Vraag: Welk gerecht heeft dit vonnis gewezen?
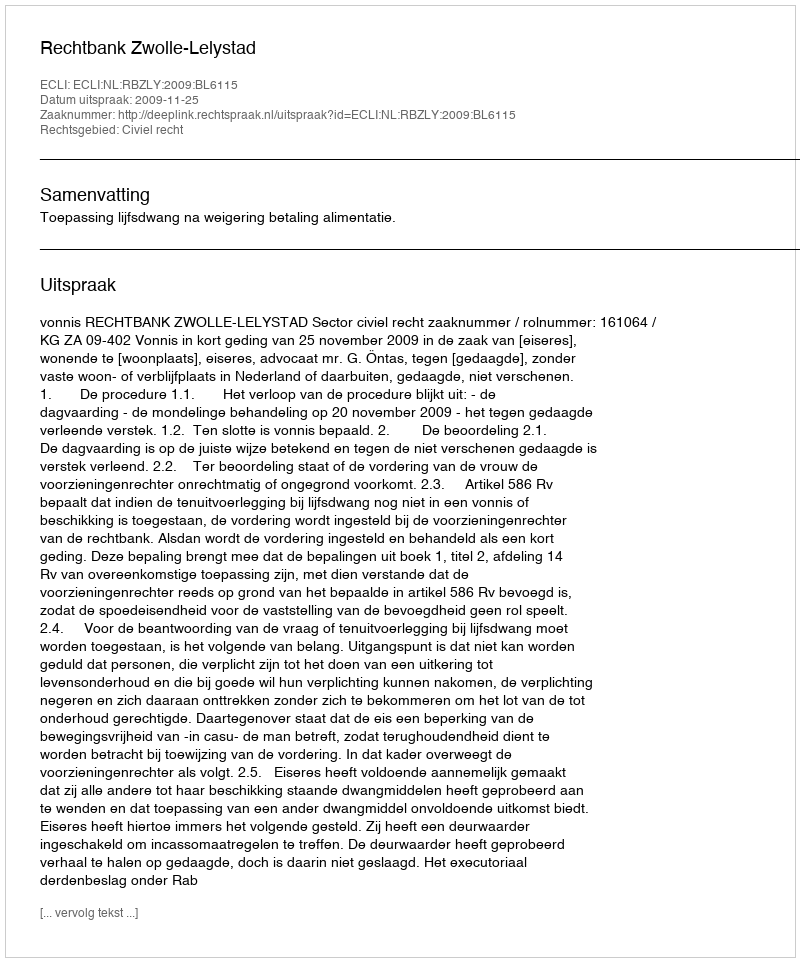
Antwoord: Rechtbank Zwolle-Lelystad